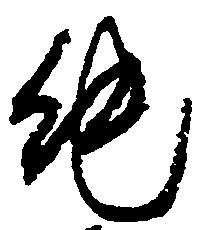
純